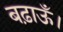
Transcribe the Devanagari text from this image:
बढ़ाऊँ।